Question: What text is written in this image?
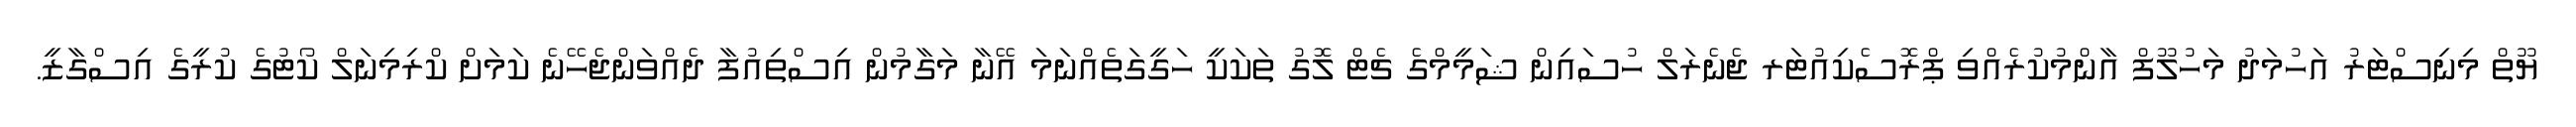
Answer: ޔޫތް މިނިސްޓަރު އަހުމަދު މަހުލޫފް އާންމުކުރެއްވި ޕްރޮސެކިއުޓަރ ޖެނެރަލް ހުސައިން ޝަމީމްގެ ޗެޓް ލޮގު ތަކަކީ ހަގީގަތެއްނަމަ އޭނާ މަގާމުން އިސްތިއުފާ ދެއްވަންޖެހޭނެ ކަމަށް ކްރިމިނަލް ކޯޓުގެ ކުރީގެ އިސްގާޒީ.